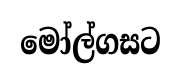
මෝල්ගසට